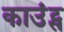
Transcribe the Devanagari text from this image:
काउंट्स